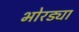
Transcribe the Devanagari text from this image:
भोरड्या